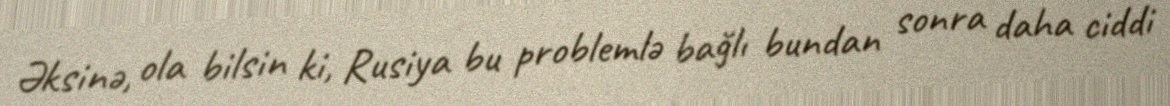
Əksinə, ola bilsin ki, Rusiya bu problemlə bağlı bundan sonra daha ciddi